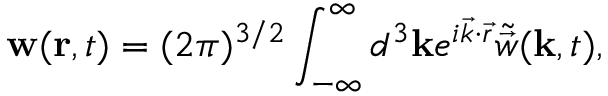
\mathbf { w } ( \mathbf { r } , t ) = ( 2 \pi ) ^ { 3 / 2 } \int _ { - \infty } ^ { \infty } d ^ { 3 } \mathbf { k } e ^ { i \vec { k } \cdot \vec { r } } \tilde { \vec { w } } ( \mathbf { k } , t ) ,